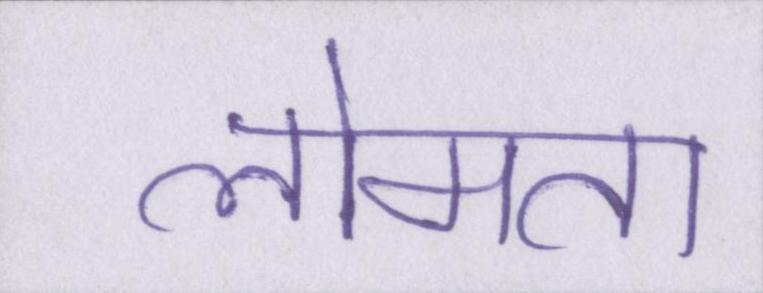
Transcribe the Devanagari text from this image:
लोमता